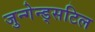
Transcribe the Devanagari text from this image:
जुन्गेन्ड्सटिल